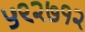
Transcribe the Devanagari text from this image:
५९२७१२